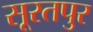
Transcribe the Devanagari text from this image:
सूरतपुर